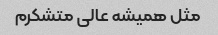
مثل همیشه عالی متشکرم